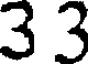
3 3